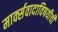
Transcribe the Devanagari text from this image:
मार्क्सवादाविषयीची